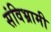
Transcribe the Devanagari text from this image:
संविभ्रामी